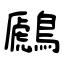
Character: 鷉